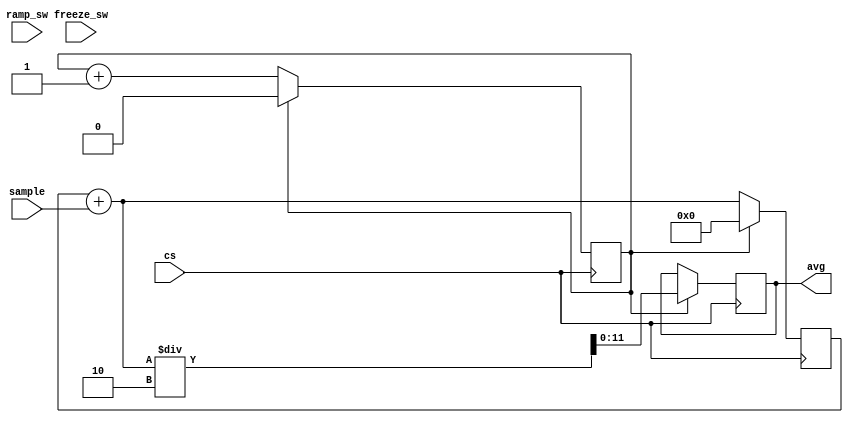
`timescale 1ns / 1ps

module rolling_average(
    input cs,
    input [11:0] sample,
    input freeze_sw,
    input ramp_sw,
    output reg [11:0] avg = 0
    );
    
    reg i = 0;
    reg [16:0] sum = 0;
    //reg [11:0] Memory[999:0];
    
    always @ (posedge cs) begin
        //Memory[i] = sample;
        sum = sum + sample;
        avg = (i==1) ? sum/2 : avg;
        sum = (i==1) ? 0: sum;
        i = (i==1) ? 0 : i + 1;
 
    end
    
endmodule